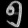
Digit: ၅